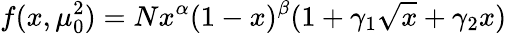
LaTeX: f(x,\mu_{0}^{2})=Nx^{\alpha}(1-x)^{\beta}(1+\gamma_{1}\sqrt{x}+\gamma_{2}x)\; \;